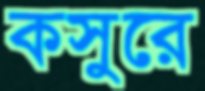
কসুরে